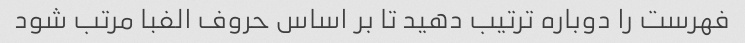
فهرست را دوباره ترتیب دهید تا بر اساس حروف الفبا مرتب شود